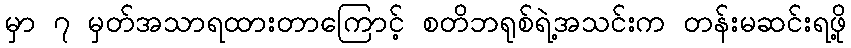
မှာ ၇ မှတ်အသာရထားတာကြောင့် စတိဘရုစ်ရဲ့အသင်းက တန်းမဆင်းရဖို့